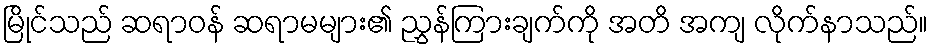
မြိုင်သည် ဆရာဝန် ဆရာမများ၏ ညွှန်ကြားချက်ကို အတိ အကျ လိုက်နာသည်။